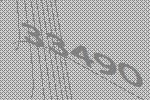
33490